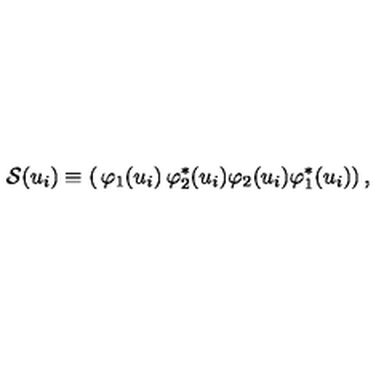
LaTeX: \mathcal { S } ( u _ { i } ) \equiv \left( \begin{matrix} { \varphi _ { 1 } ( u _ { i } ) } & { \varphi _ { 2 } ^ { * } ( u _ { i } ) } \\ { \varphi _ { 2 } ( u _ { i } ) } & { \varphi _ { 1 } ^ { * } ( u _ { i } ) } \\ \end{matrix} \right) ,